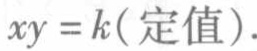
\(xy = k(\text{定值}).\)